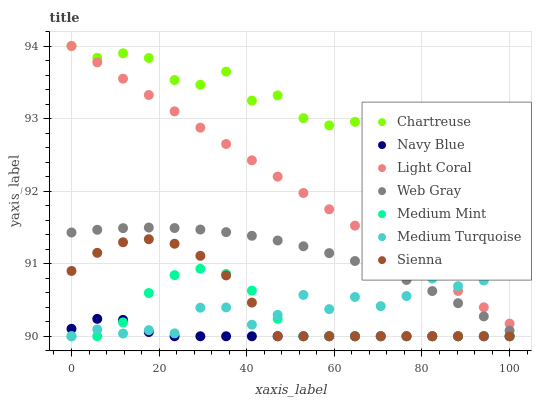
| xaxis_label | Chartreuse | Navy Blue | Light Coral | Web Gray | Medium Mint | Medium Turquoise | Sienna |
 | --- | --- | --- | --- | --- | --- | --- | --- |
 | 0 | 94 | 90.1 | 94 | 91.4 | 90 | 90 | 90.9 |
 | 5.88 | 93.8 | 90.2 | 93.8 | 91.5 | 90 | 90.1 | 91.1 |
 | 11.8 | 93.9 | 90.2 | 93.5 | 91.5 | 90.2 | 90 | 91.3 |
 | 17.6 | 93.8 | 90.1 | 93.3 | 91.5 | 90.6 | 90.1 | 91.3 |
 | 23.5 | 93.5 | 90 | 93.1 | 91.5 | 90.8 | 90 | 91.3 |
 | 29.4 | 93.5 | 90 | 92.9 | 91.5 | 90.9 | 90.4 | 91.1 |
 | 35.3 | 93.6 | 90 | 92.6 | 91.4 | 90.9 | 90.4 | 90.8 |
 | 41.2 | 93.2 | 90 | 92.4 | 91.4 | 90.6 | 90.2 | 90.5 |
 | 47.1 | 93.3 | 90 | 92.2 | 91.3 | 90.2 | 90.3 | 90 |
 | 52.9 | 93 | 90 | 92 | 91.2 | 90 | 90.6 | 90 |
 | 58.8 | 92.9 | 90 | 91.7 | 91.1 | 90 | 90.4 | 90 |
 | 64.7 | 93 | 90 | 91.5 | 91 | 90 | 90.5 | 90 |
 | 70.6 | 93 | 90 | 91.3 | 90.9 | 90 | 90.4 | 90 |
 | 76.5 | 92.8 | 90 | 91.1 | 90.8 | 90 | 90.6 | 90 |
 | 82.4 | 92.9 | 90 | 90.8 | 90.6 | 90 | 90.8 | 90 |
 | 88.2 | 92.7 | 90 | 90.6 | 90.5 | 90 | 90.7 | 90 |
 | 94.1 | 92.5 | 90 | 90.4 | 90.3 | 90 | 90.8 | 90 |
 | 100 | 92.3 | 90 | 90.2 | 90.1 | 90 | 90.9 | 90 |